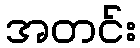
အတင်း